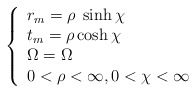
\begin{align*}\left\{ \begin{array}{lll}r_m = \rho\; \sinh \chi & \\t_m = \rho \cosh \chi & \\\Omega = \Omega & \\0 < \rho < \infty, 0 < \chi < \infty \end{array} \right.\end{align*}